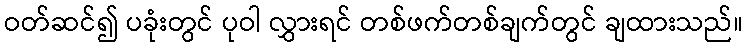
ဝတ်ဆင်၍ ပခုံးတွင် ပုဝါ လွှားရင် တစ်ဖက်တစ်ချက်တွင် ချထားသည်။